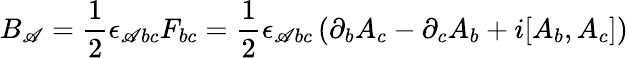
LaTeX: B_{\mathscr{A}}={\frac{{1}}{{2}}}\epsilon_{\mathscr{A}bc}F_{bc}={\frac{{1}}{{2}}}\epsilon_{\mathscr{A}bc}\left(\partial_{b}A_{c}-\partial_{c}A_{b}+i[A_{b},A_{c}]\right)